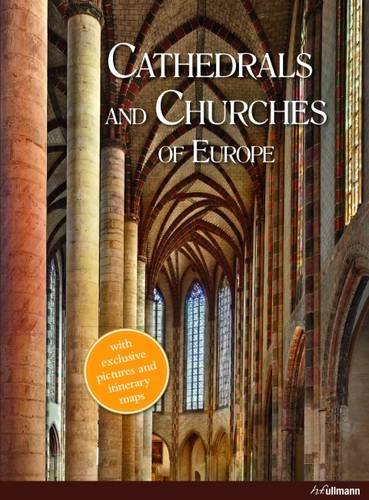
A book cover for Churches and Cathedrals in Europe; Barbara BorngÃ¤sser; Travel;